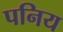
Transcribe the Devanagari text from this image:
पनिय